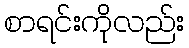
စာရင်းကိုလည်း